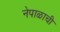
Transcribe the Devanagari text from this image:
नेपाळाची